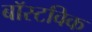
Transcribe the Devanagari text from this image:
बॉस्टविक